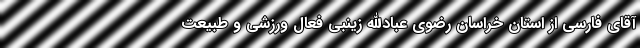
آقاى فارسى از استان خراسان رضوى عبادالله زینبی فعال ورزشی و طبیعت